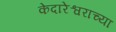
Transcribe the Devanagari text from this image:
केदारेश्वराच्या